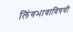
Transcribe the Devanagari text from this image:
लिंगभावाविषयी